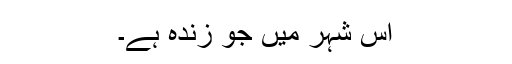
اس شہر میں جو زندہ ہے۔